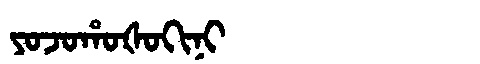
Manchu: ᠶᠣᠵᠣᡥᠣᡧᠣᡴᡳᠨᡳ
Romanization: YOJOHOŠOKINI